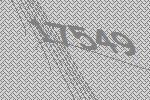
17549